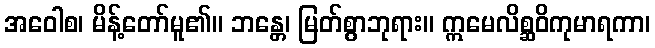
အဝေါစ၊ မိန့်တော်မူ၏။ ဘန္တေ၊ မြတ်စွာဘုရား။ ဣမေလိစ္ဆဝိကုမာရကာ၊